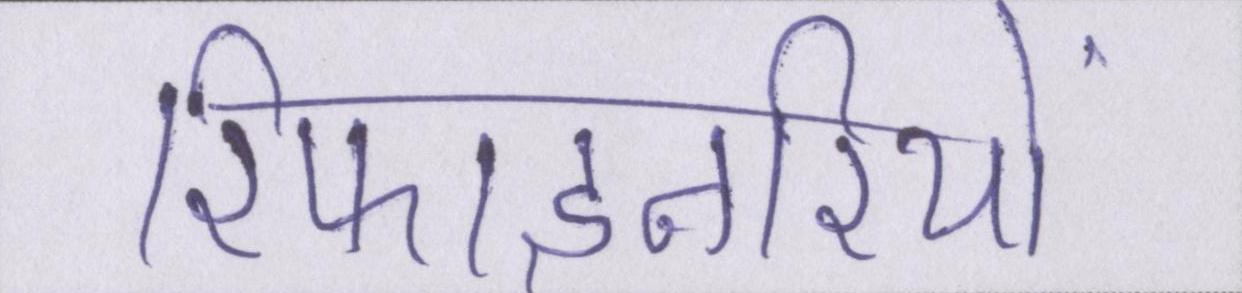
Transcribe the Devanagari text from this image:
रिफाइनरियों